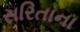
સરિતાના